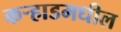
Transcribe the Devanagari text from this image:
कर्‍हाडमधील